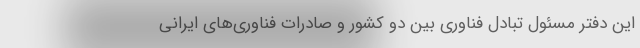
این دفتر مسئول تبادل فناوری بین دو کشور و صادرات فناوری‌های ایرانی